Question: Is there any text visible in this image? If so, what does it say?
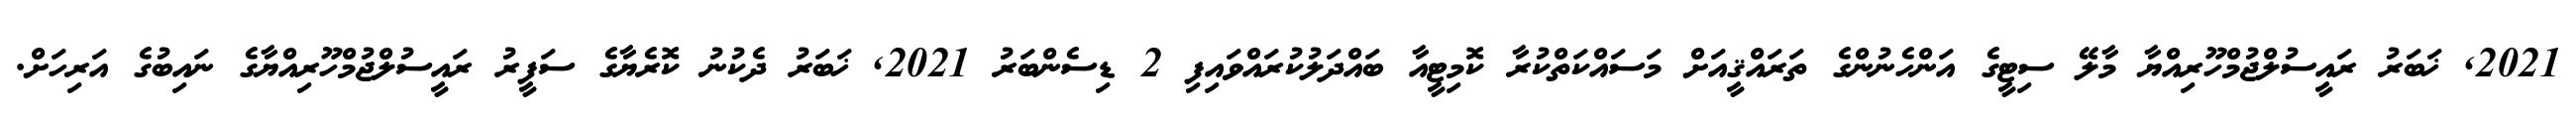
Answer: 2021, ޚަބަރު ރައީސުލްޖުމްހޫރިއްޔާ މާލޭ ސިޓީގެ އަންހެނުންގެ ތަރައްޤީއަށް މަސައްކަތްކުރާ ކޮމިޓީއާ ބައްދަލުކުރައްވައިފި 2 ޑިސެންބަރު 2021, ޚަބަރު ދެކުނު ކޮރެޔާގެ ސަފީރު ރައީސުލްޖުމްހޫރިއްޔާގެ ނައިބުގެ އަރިހަށް.